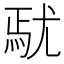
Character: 𡯼